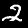
Label: 2